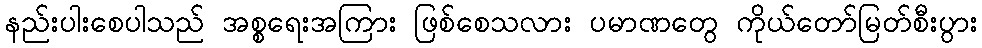
နည်းပါးစေပါသည် အစ္စရေးအကြား ဖြစ်စေသလား ပမာဏတွေ ကိုယ်တော်မြတ်စီးပွား